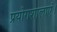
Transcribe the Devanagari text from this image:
प्रयोगशालाएं।